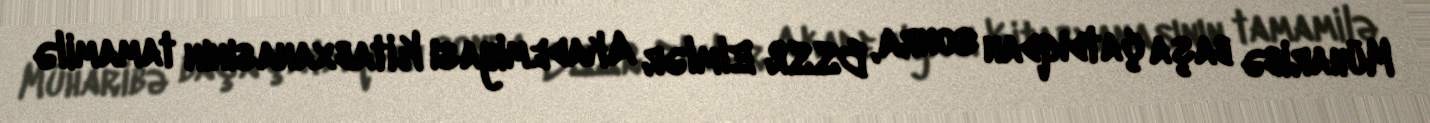
Müharibə başa çatdıqdan sonra, BSSR Elmlər Akademiyası Kitabxanasının tamamilə